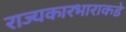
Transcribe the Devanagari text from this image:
राज्यकारभाराकडे